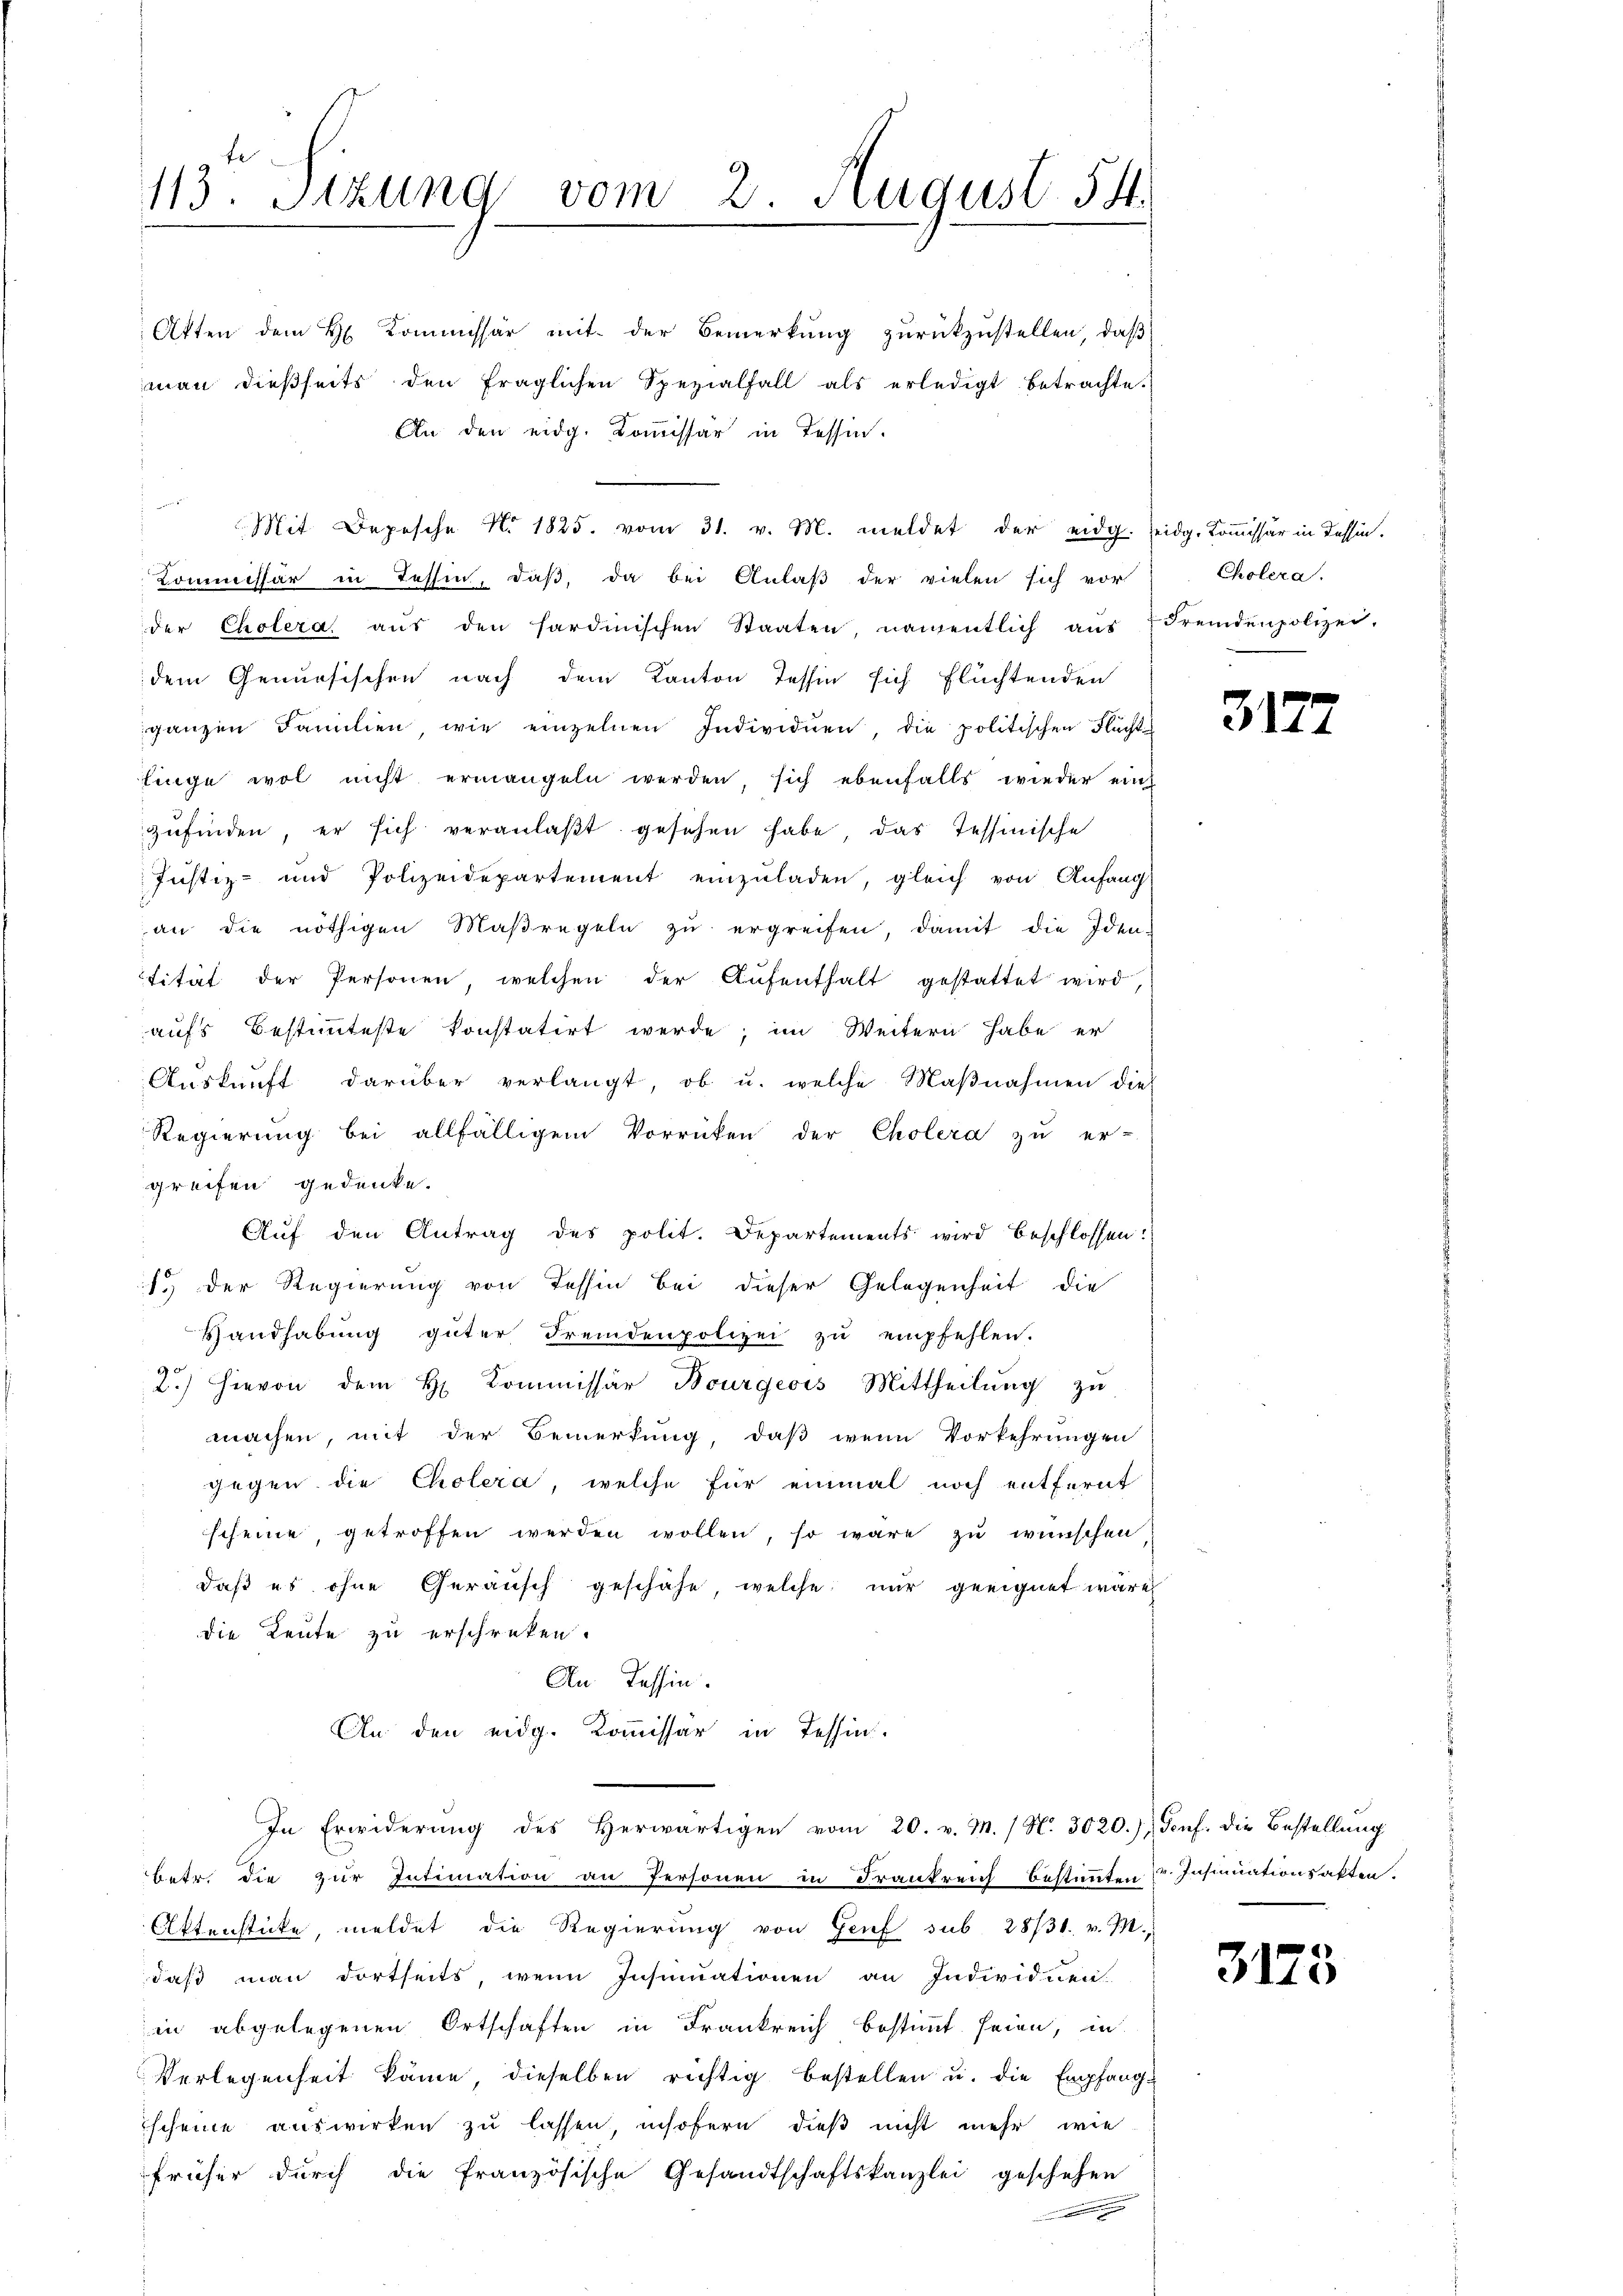
113. Stzung vom 2. August 54

Atten dem H. Kommissär mit der Bemerkung zurückzustellen, daß
man dießseits den fraglichen Spezialfall als erledigt betrachte.
An den eidg. Kommissär in Tessin.
r
Mit Depesche No. 1825. vom 31. v. M. meldet der eidg. seidg. Kommissär in Tessin.
Kommissär in Tessin, daβ, da bei Anlaβ der vielen sich vor
der Cholera, aŭs den sardinischen Staaten namentlich aŭs u Fremdenpolizei.
dem Genussischen nach dem Kanton Tessin sich flüchtenden
ganzen Familien, wie einzelnen Individuen, die politischen Flüchtlinge wol nicht ermangeln werden, sich ebenfalls wieder einz
zufinden, er sich veranlaßt gesehen habe, das Tessinische
Justiz- und Polizeidepartement einzŭladen, gleich von Anfang
an die nöthigen Maßregeln zŭ ergreifen, damit die Iden-
tität der Personen welchen der Aŭfenthalt gestattet wird,
aufs Bestimmteste konstatirt werde; im Weitern habe er
Aŭskŭnft darüber verlangt, ob u. welche Maβnahmen dies
Regierung bei allfälligem Vorrücken der Cholera zu er-
greifen gedenke.
Auf den Antrag des polit. Departements wird beschlossen:
1.) Der Regierung von Tessin bei dieser Gelegenheit die
Handhabŭng güter Fremdenpolizei zŭ empfehlen.
2.) Hievon dem H. Commissär Bourgeois Mittheilŭng zu
machen, mit der Bemerkung, daß wenn Vorkehrungen
gegen die Cholera, welche für einmal noch entfernt
scheine, getroffen werden wollen, so wäre zu wünschen
daβ es ohne Geräusch geschähe, welche nur geeignet wäre,
die Leute zu erschrecken.
An Tessin.
An den eidg. Kommissär in Tessin.
In Erwiderŭng des herwärtigen vom 20. v. M. (N. 3020.) Genf. die Bestellŭng
betr. die zur Intimation an Personen in Frankreich bestimmten u. Insinuationsakten.
Aktenstücke, meldet die Regierŭng von Genf sub 28/31. v. M.,
daß man dortseits, wenn Insinuationen an Individuen.
in abgelegenen Ortschaften in Frankreich bestimmt seien, in
Verlegenheit käme dieselben richtig bestellen u. die Empfang
Escheine auswirken zu lassen, insofern dieß nicht mehr, wie
früher dŭrch die französische Gesandtschaftskanzlei geschehen

Cholera.

3172

3173